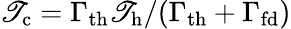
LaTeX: \mathscr{T}_{\mathrm{{c}}}=\Gamma_{\mathrm{{th}}}\mathscr{T}_{\mathrm{{h}}}/(\Gamma_{\mathrm{{th}}}+\Gamma_{\mathrm{{fd}}})